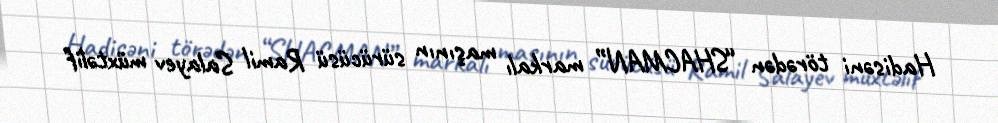
Hadisəni törədən “SHACMAN” markalı maşının sürücüsü Ramil Salayev müxtəlif